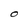
Character: O